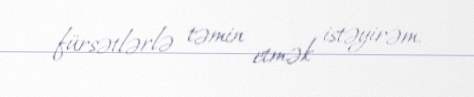
fürsətlərlə təmin etmək istəyirəm.